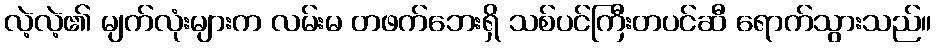
လဲ့လဲ့၏ မျက်လုံးများက လမ်းမ တဖက်ဘေးရှိ သစ်ပင်ကြီးတပင်ဆီ ရောက်သွားသည်။